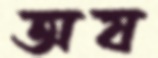
অষ